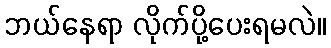
ဘယ်နေရာ လိုက်ပို့ပေးရမလဲ။